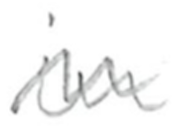
Text: in
Cross-out: wave
Writing tool: pencil